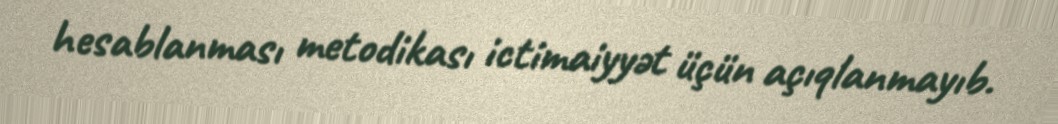
hesablanması metodikası ictimaiyyət üçün açıqlanmayıb.